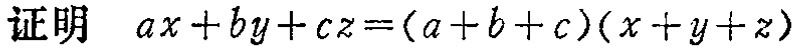
证明 \(ax + by + cz=(a + b + c)(x + y + z)\)